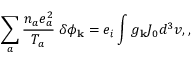
\sum _ { a } \frac { n _ { a } e _ { a } ^ { 2 } } { T _ { a } } \; \delta \phi _ { \bf k } = e _ { i } \int g _ { \bf k } J _ { 0 } d ^ { 3 } v , ,